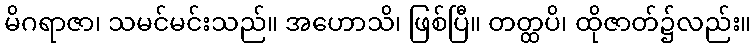
မိဂရာဇာ၊ သမင်မင်းသည်။ အဟောသိ၊ ဖြစ်ပြီ။ တတ္ထပိ၊ ထိုဇာတ်၌လည်း။